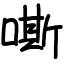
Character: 嘶